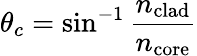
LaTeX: \theta_{c}=\sin^{-1}{\frac{n_{\mathrm{clad}}}{n_{\mathrm{core}}}}